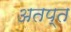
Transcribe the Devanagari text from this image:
अतप्त